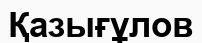
Қазығұлов